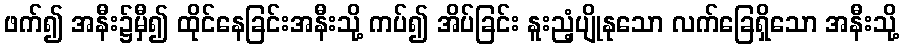
ဖက်၍ အနီး၌မှီ၍ ထိုင်နေခြင်းအနီးသို့ ကပ်၍ အိပ်ခြင်း နူးညံ့ပျိုနုသော လက်ခြေရှိသော အနီးသို့